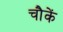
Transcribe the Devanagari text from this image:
चौकें